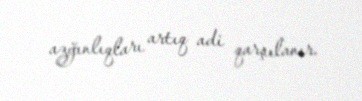
azğınlıqları artıq adi qarşılanır.